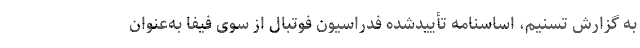
به گزارش تسنیم، اساسنامه تأییدشده فدراسیون فوتبال از سوی فیفا به‌عنوان